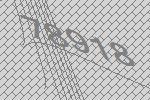
78918